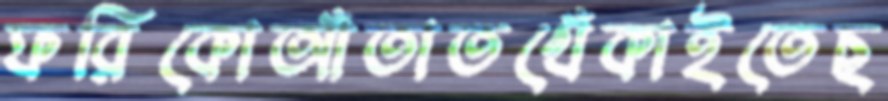
ফরিকোআঁতাতখেঁকাইতেছ